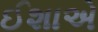
ઈશાએ